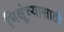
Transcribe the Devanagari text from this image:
भिक्षूंच्यासाठी